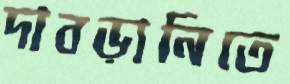
দাবড়ানিতে